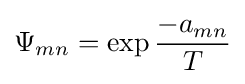
\Psi _{mn}=\exp {\frac {-a_{mn}}{T}}